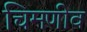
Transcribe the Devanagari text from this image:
चिमणीव